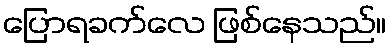
ပြောရခက်လေ ဖြစ်နေသည်။